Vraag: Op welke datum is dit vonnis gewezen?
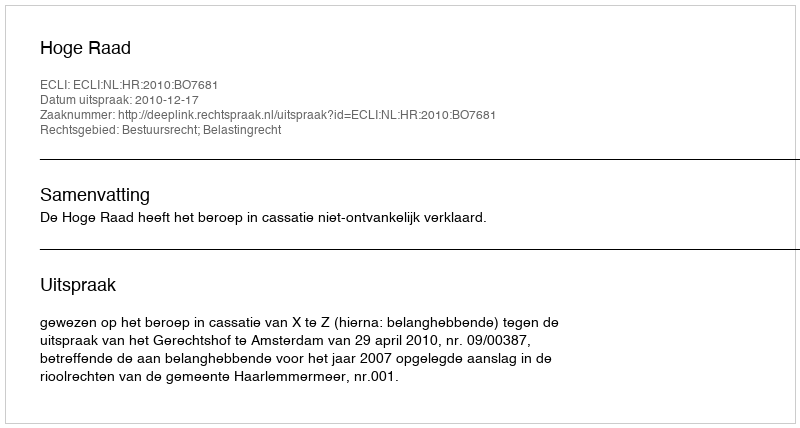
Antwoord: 2010-12-17